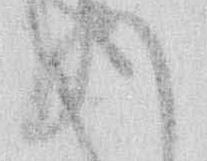
れ